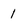
Character: 1